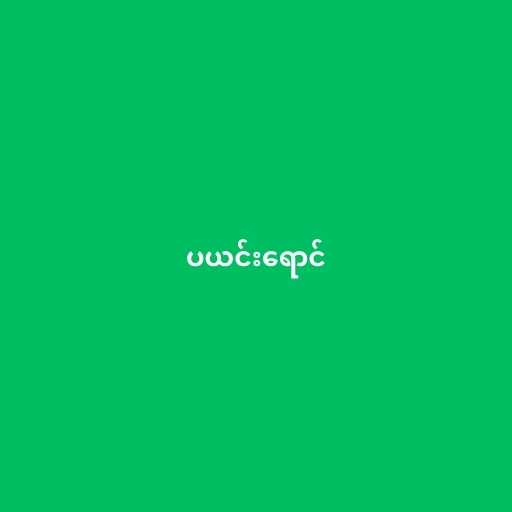
ပယင်းရောင်